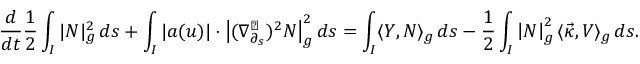
\frac { d } { d t } \frac { 1 } { 2 } \int _ { I } | N | _ { g } ^ { 2 } \, d s + \int _ { I } | a ( u ) | \cdot \big | ( \nabla _ { \partial _ { s } } ^ { \perp } ) ^ { 2 } N \big | _ { g } ^ { 2 } \, d s = \int _ { I } \langle Y , N \rangle _ { g } \, d s - \frac { 1 } { 2 } \int _ { I } \left| N \right| _ { g } ^ { 2 } \langle \vec { \kappa } , V \rangle _ { g } \, d s .